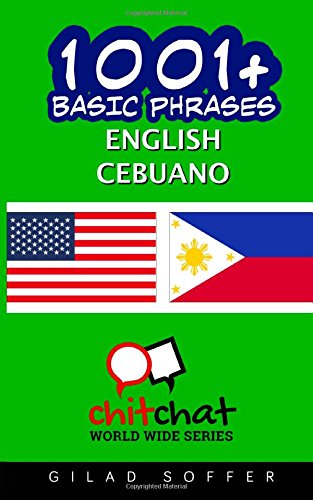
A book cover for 1001+ Basic Phrases English - Cebuano; Gilad Soffer; Travel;